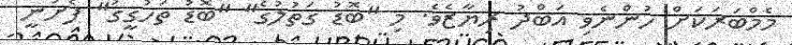
މެމްބަރަކަށް ހުންނެވި އަބްދު ރިޔާޒެވެ. މި "ބޮޑު ގަތުލުގެ" "ބޮޑު ތަހުގީގު" ފެށުނީ